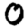
Digit: 0